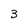
Character: 3